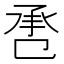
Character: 𢬬